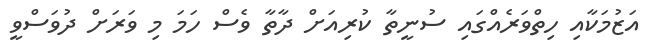
އަޒުމަކާއި ހިތްވަރެއްގައި ސުނީތާ ކުރިއަށް ދާތާ ވެސް ހަމަ މި ވަރަށް ދުވަސްވީ